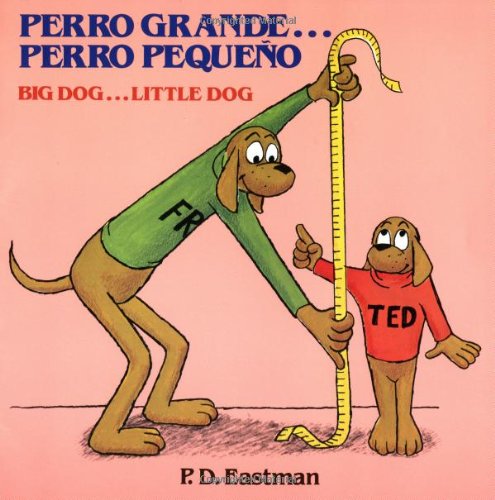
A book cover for Perro grande... Perro pequeÃ±o / Big Dog... Little Dog (Spanish and English Edition); P.D. Eastman; Children's Books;